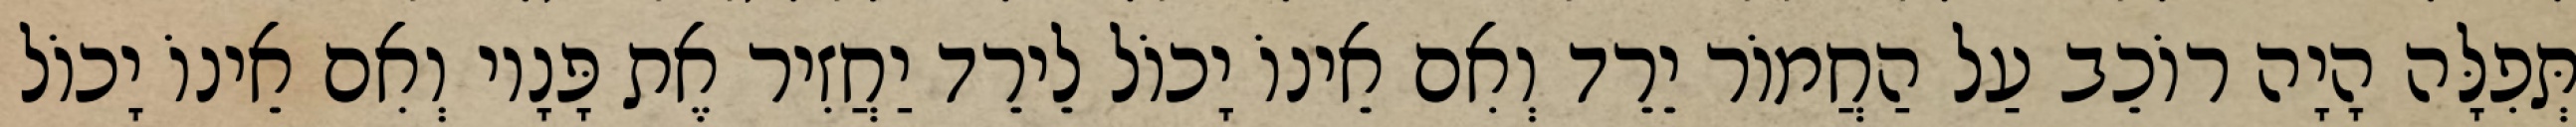
תְּפִלָּה הָיָה רוֹכֵב עַל הַחֲמוֹר יֵרֵד וְאִם אֵינוֹ יָכוֹל לֵירֵד יַחֲזִיר אֶת פָּנָיו וְאִם אֵינוֹ יָכוֹל